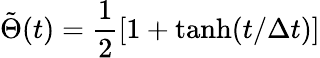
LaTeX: \tilde{\Theta}(t)=\frac{1}{2}[1+\operatorname{tanh}(t/\Delta t)]